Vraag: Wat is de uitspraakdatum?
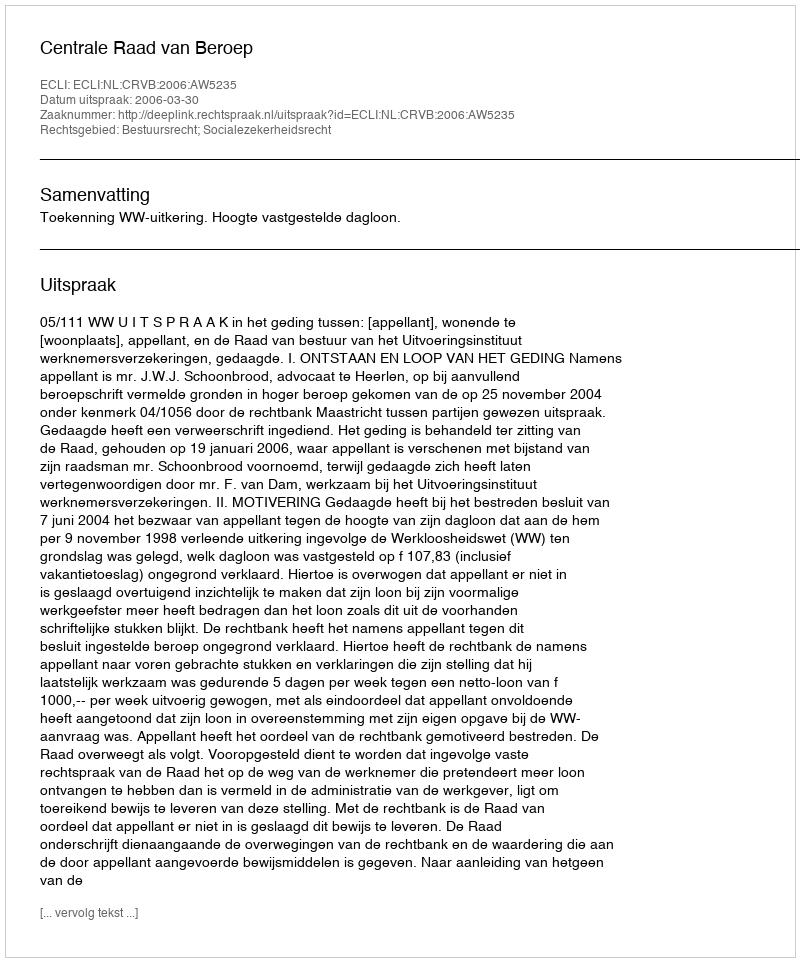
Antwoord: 2006-03-30